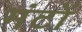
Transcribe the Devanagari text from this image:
मंटों